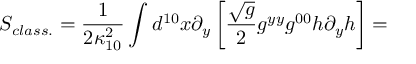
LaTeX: S _ { c l a s s . } = \frac { 1 } { 2 \kappa _ { 1 0 } ^ { 2 } } \int d ^ { 1 0 } x \partial _ { y } \left[ \frac { \sqrt { g } } { 2 } g ^ { y y } g ^ { 0 0 } h \partial _ { y } h \right] =